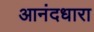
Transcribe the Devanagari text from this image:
आनंदधारा